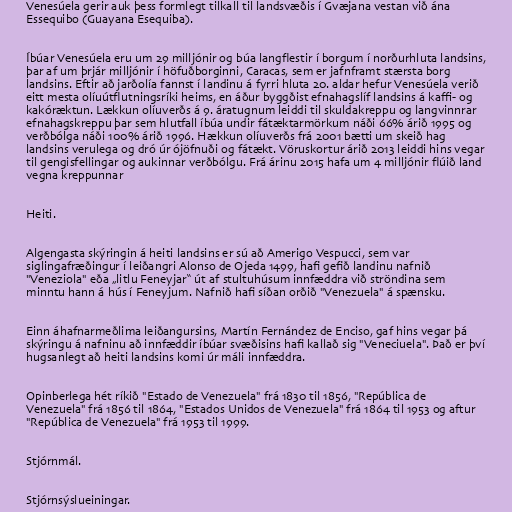
Venesúela gerir auk þess formlegt tilkall til landsvæðis í Gvæjana vestan við ána
Essequibo (Guayana Esequiba).

Íbúar Venesúela eru um 29 milljónir og búa langflestir í borgum í norðurhluta landsins,
þar af um þrjár milljónir í höfuðborginni, Caracas, sem er jafnframt stærsta borg
landsins. Eftir að jarðolía fannst í landinu á fyrri hluta 20. aldar hefur Venesúela verið
eitt mesta olíuútflutningsríki heims, en áður byggðist efnahagslíf landsins á kaffi- og
kakóræktun. Lækkun olíuverðs á 9. áratugnum leiddi til skuldakreppu og langvinnrar
efnahagskreppu þar sem hlutfall íbúa undir fátæktarmörkum náði 66% árið 1995 og
verðbólga náði 100% árið 1996. Hækkun olíuverðs frá 2001 bætti um skeið hag
landsins verulega og dró úr ójöfnuði og fátækt. Vöruskortur árið 2013 leiddi hins vegar
til gengisfellingar og aukinnar verðbólgu. Frá árinu 2015 hafa um 4 milljónir flúið land
vegna kreppunnar

Heiti.

Algengasta skýringin á heiti landsins er sú að Amerigo Vespucci, sem var
siglingafræðingur í leiðangri Alonso de Ojeda 1499, hafi gefið landinu nafnið
"Veneziola" eða „litlu Feneyjar“ út af stultuhúsum innfæddra við ströndina sem
minntu hann á hús í Feneyjum. Nafnið hafi síðan orðið "Venezuela" á spænsku.

Einn áhafnarmeðlima leiðangursins, Martín Fernández de Enciso, gaf hins vegar þá
skýringu á nafninu að innfæddir íbúar svæðisins hafi kallað sig "Veneciuela". Það er því
hugsanlegt að heiti landsins komi úr máli innfæddra.

Opinberlega hét ríkið "Estado de Venezuela" frá 1830 til 1856, "República de
Venezuela" frá 1856 til 1864, "Estados Unidos de Venezuela" frá 1864 til 1953 og aftur
"República de Venezuela" frá 1953 til 1999.

Stjórnmál.

Stjórnsýslueiningar.